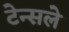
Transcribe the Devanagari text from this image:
टेन्सले